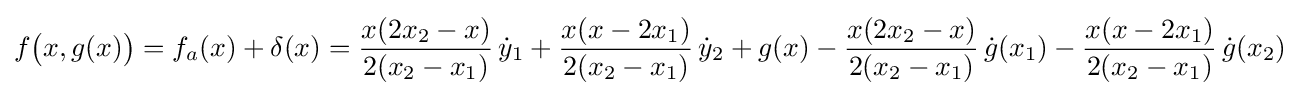
f{\big (}x,g(x){\big )}=f_{a}(x)+\delta (x)={\dfrac {x(2x_{2}-x)}{2(x_{2}-x_{1})}}\,{\dot {y}}_{1}+{\dfrac {x(x-2x_{1})}{2(x_{2}-x_{1})}}\,{\dot {y}}_{2}+g(x)-{\dfrac {x(2x_{2}-x)}{2(x_{2}-x_{1})}}\,{\dot {g}}(x_{1})-{\dfrac {x(x-2x_{1})}{2(x_{2}-x_{1})}}\,{\dot {g}}(x_{2})